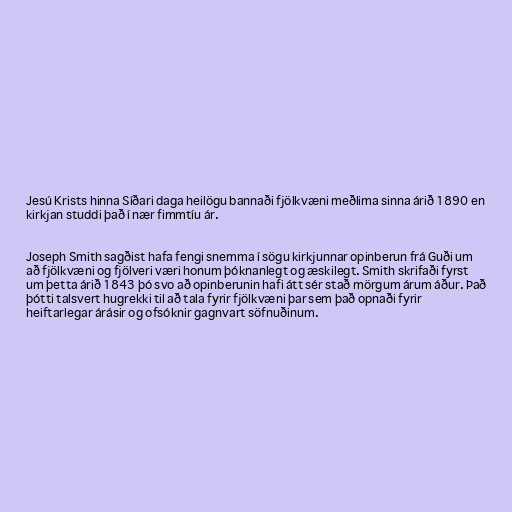
Jesú Krists hinna Síðari daga heilögu bannaði fjölkvæni meðlima sinna árið 1890 en
kirkjan studdi það í nær fimmtíu ár.

Joseph Smith sagðist hafa fengi snemma í sögu kirkjunnar opinberun frá Guði um
að fjölkvæni og fjölveri væri honum þóknanlegt og æskilegt. Smith skrifaði fyrst
um þetta árið 1843 þó svo að opinberunin hafi átt sér stað mörgum árum áður. Það
þótti talsvert hugrekki til að tala fyrir fjölkvæni þar sem það opnaði fyrir
heiftarlegar árásir og ofsóknir gagnvart söfnuðinum.